Annual report on the Civil Veterinary Department, Burma (including the Insein Veterinary School) - 1932-1941
Year: 1932
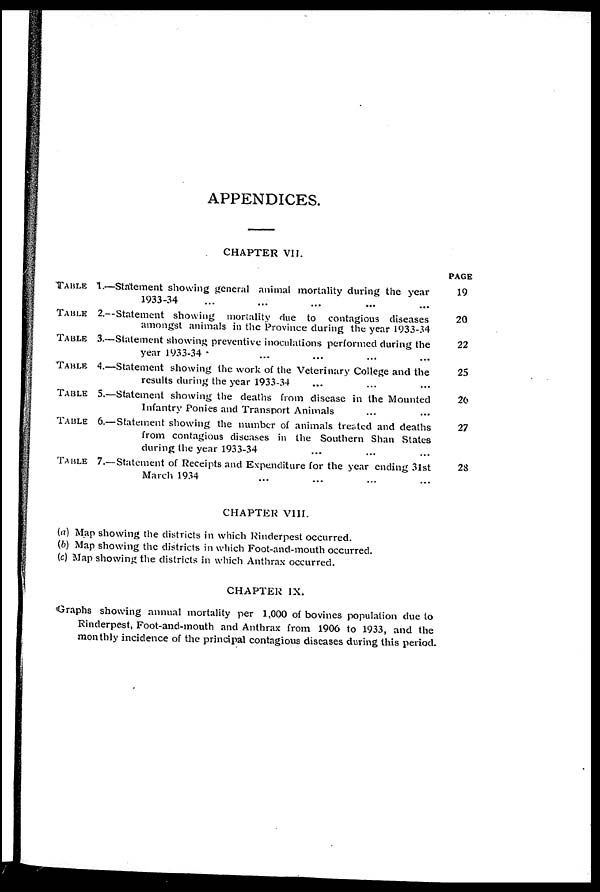
APPENDICES.
CHAPTER VII.
TABLE 1.—
TABLE 2.—
TABLE 3.—
TABLE 4.—
TABLE 5.—
TABLE 6.—
Table 7.—
Statement showing general animal mortality during the year
1933-34 ... ... ...
Statement showing mortality due to contagious diseases
amongst animals in the Province during the year 1933-34
Statement showing preventive inoculations performed during the
year 1933-34 . ... ... ... ...
Statement showing the work of the Veterinary College and the
results during the year 1933-34 ... ... ...
-Statement showing the deaths from disease in the Mounted
Infantry Ponies and Transport Animals ... ...
-Statement showing the number of animals treated and deaths
from contagious diseases in the Southern Shan States
during the year 1933-34 ... ... ...
-Statement of Receipts and Expenditure for the year ending 31st
March 1934 ... ... ... ...
PAGE
19
20
22
25
26
27
28
CHAPTER VIII.
(a) Map showing the districts in which Rinderpest occurred.
(b) Map showing the districts in which Foot-and-mouth occurred,
(c) Map showing the districts in which Anthrax occurred.
CHAPTER IX.
Graphs showing annual mortality per 1,000 of bovines population due to
Rinderpest, Foot-and-mouth and Anthrax from 1906 to 1933, and the
monthly incidence of the principal contagious diseases during this period.